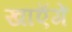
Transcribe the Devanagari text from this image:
खाएॅगें